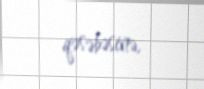
qəsəbəsinə.